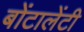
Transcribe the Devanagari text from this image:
बोंटालेंटी